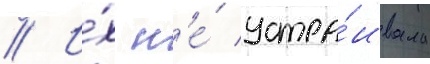
// И́х н'е́ устра́ивала